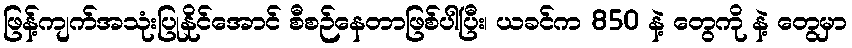
ဖြန့်ကျက်အသုံးပြုနိုင်အောင် စီစဉ်နေတာဖြစ်ပါပြီး၊ ယခင်က 850 နဲ့ တွေကို နဲ့ တွေမှာ